Problem: 35 + 47 = ?
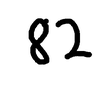
Handwritten answer: 82